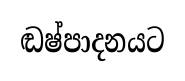
ඬෂ්පාදනයට